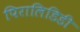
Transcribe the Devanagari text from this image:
पिरालिडिडी